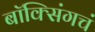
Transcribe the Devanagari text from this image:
बॉक्सिंगचं